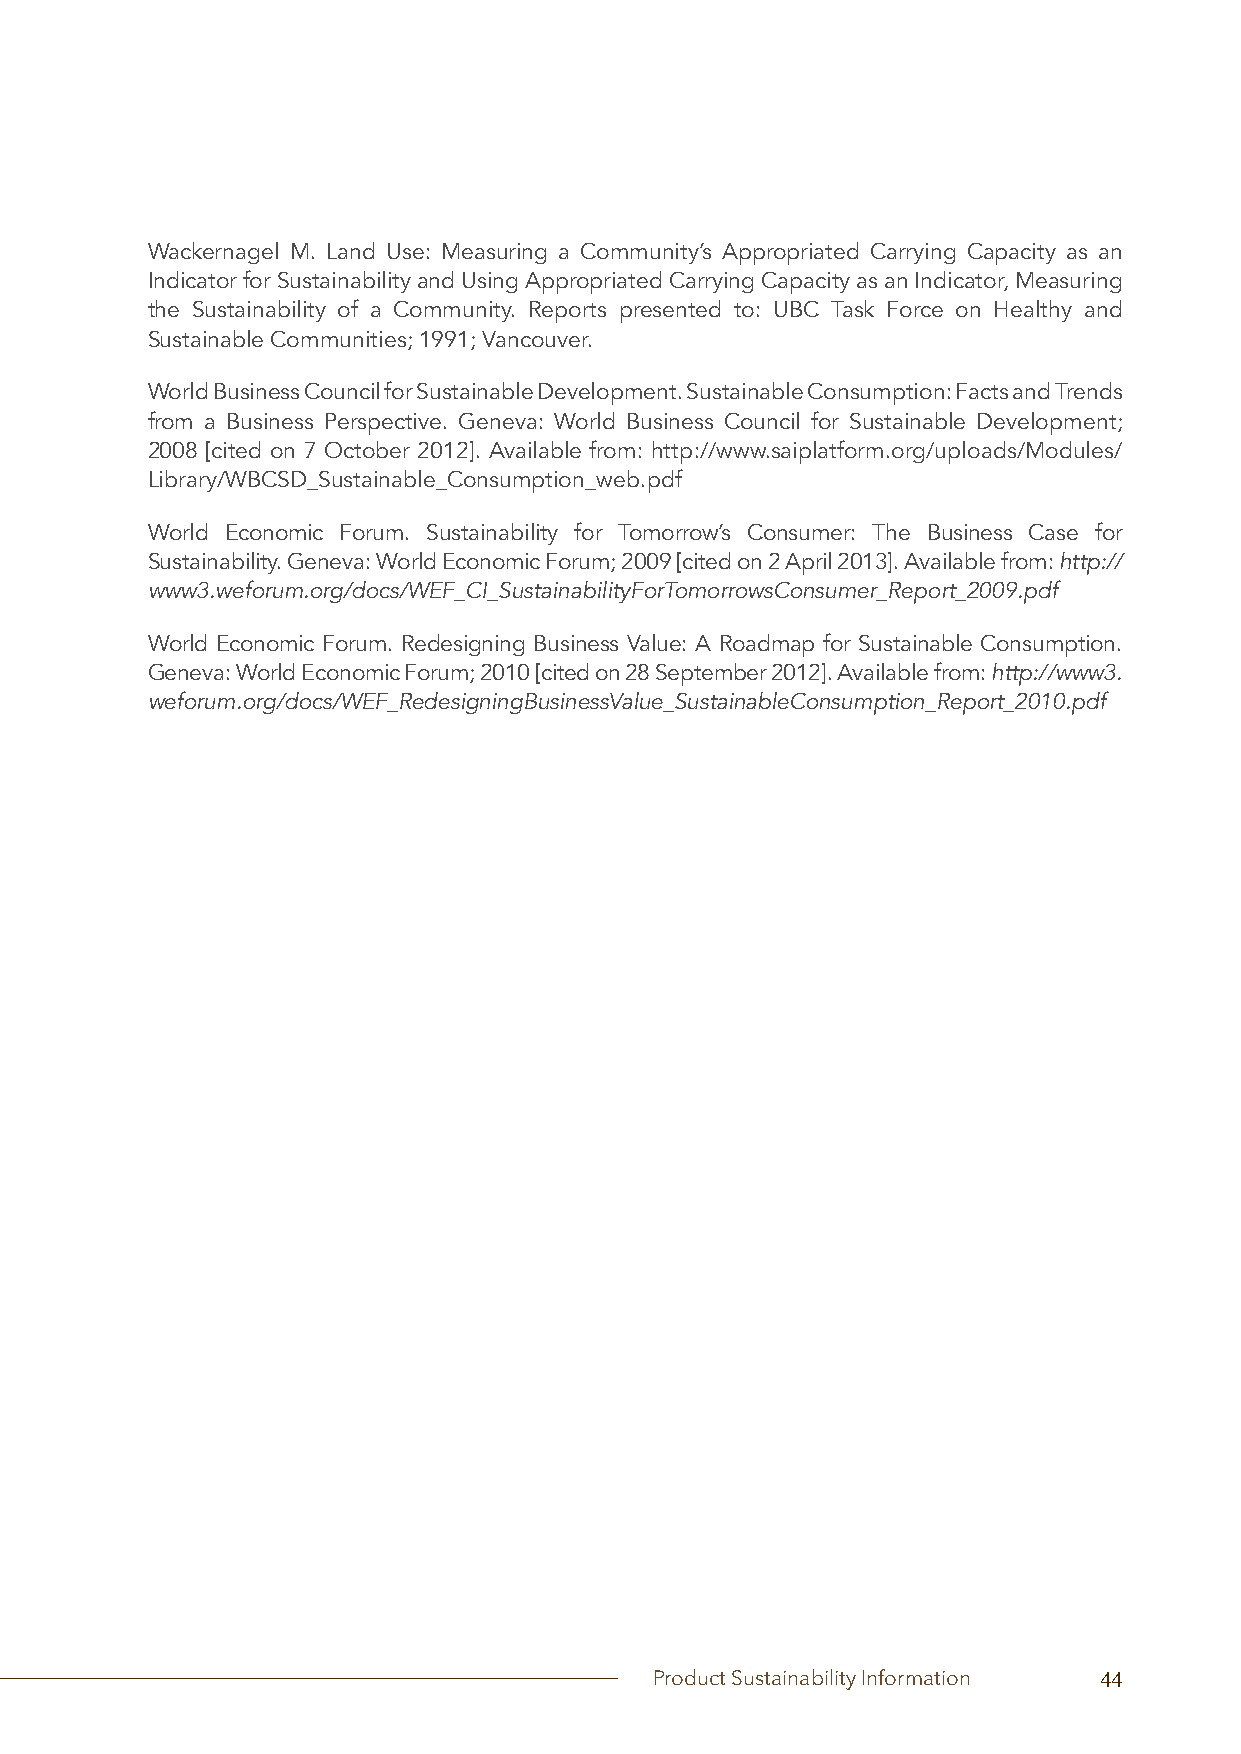
Wackernagel M. Land Use: Measuring a Community’s Appropriated Carrying Capacity as an
 Indicator for Sustainability and Using Appropriated Carrying Capacity as an Indicator, Measuring
 the Sustainability of a Community. Reports presented to: UBC Task Force on Healthy and
 Sustainable Communities; 1991; Vancouver.
 World Business Council for Sustainable Development. Sustainable Consumption: Facts and Trends
 from a Business Perspective. Geneva: World Business Council for Sustainable Development;
 2008 [cited on 7 October 2012]. Available from: http://www.saiplatform.org/uploads/Modules/
 Library/WBCSD_Sustainable_Consumption_web.pdf
 World Economic Forum. Sustainability for Tomorrow’s Consumer: The Business Case for
 Sustainability. Geneva: World Economic Forum; 2009 [cited on 2 April 2013]. Available from: http://
 www3.weforum.org/docs/WEF_CI_SustainabilityForTomorrowsConsumer_Report_2009.pdf
 World Economic Forum. Redesigning Business Value: A Roadmap for Sustainable Consumption.
 Geneva: World Economic Forum; 2010 [cited on 28 September 2012]. Available from: http://www3.
 weforum.org/docs/WEF_RedesigningBusinessValue_SustainableConsumption_Report_2010.pdf
 Product Sustainability Information 44